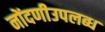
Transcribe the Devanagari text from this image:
नोंदणीउपलब्ध